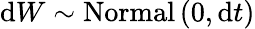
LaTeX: \mathrm{d}W\sim\mathrm{Normal}\left(0,\mathrm{d}t\right)